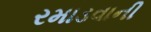
રમાડવાની